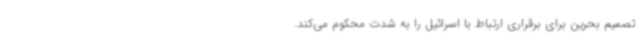
تصمیم بحرین برای برقراری ارتباط با اسرائیل را به شدت محکوم می‌کند.